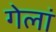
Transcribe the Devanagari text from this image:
गेलां